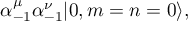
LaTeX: \alpha _ { - 1 } ^ { \mu } \alpha _ { - 1 } ^ { \nu } | 0 , m = n = 0 \rangle ,